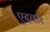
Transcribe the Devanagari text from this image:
एदवार